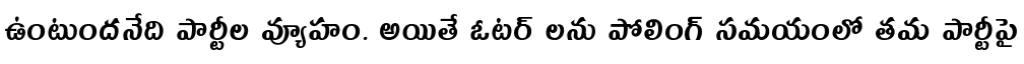
ఉంటుందనేది పార్టీల వ్యూహం. అయితే ఓటర్ లను పోలింగ్ సమయంలో తమ పార్టీపై